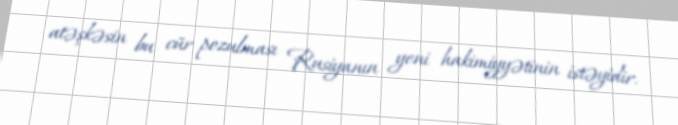
atəşkəsin bu cür pozulması Rusiyanın yeni hakimiyyətinin istəyidir.